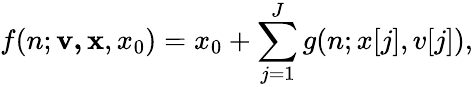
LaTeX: f(n;\mathbf{v,x},x_{0})=x_{0}+\sum_{j=1}^{J}g(n;x[j],v[j]),